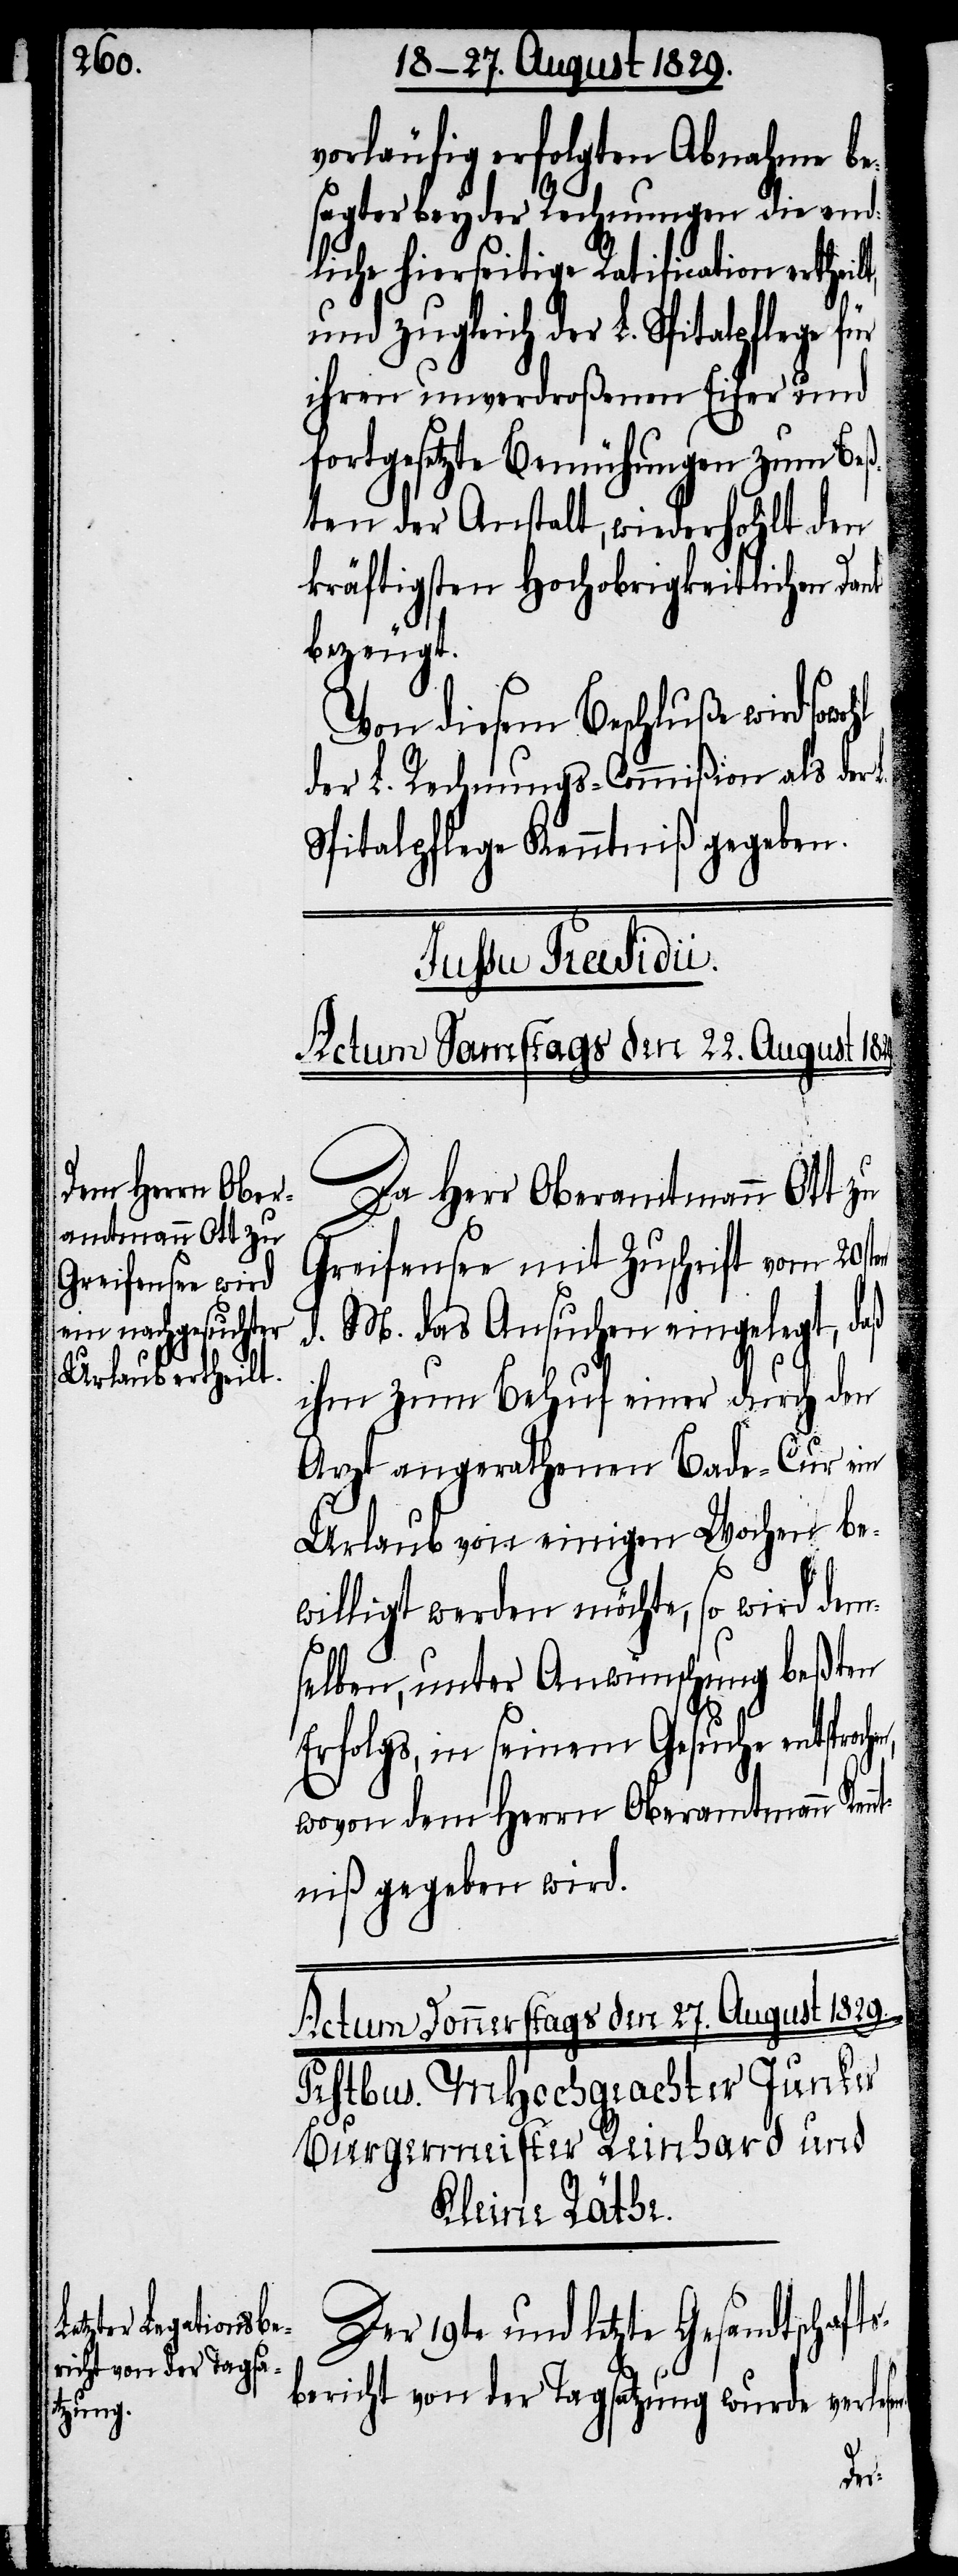
vorläufig erfolgten Abnahme be¬
sagter beyder Rechnungen die end¬
liche hierseitige Ratification erthei¬
und zugleich der L. Spitalpflege für
ihren unverdroßenen Eifer und
fortgesetzte Bemühungen zum Beß¬
ten der Anstalt, wiederhohlt den
kräftigsten Hochobrigkeitlichen Dank
bezeugt.
Von diesem Beschluße wird
der L. Rechnungs-Commißion als der
Spitalpflege Kenntniß gegeben.
Iussu Præsidii.
Actum Samstags den 22. August
Da Herr Oberamtmann Ott zu
Greifensee mit Zuschrift vom 20sten
d. M. das Ansuchen eingelegt, daß
ihm zum Behuf einer durch den
Arzt angerathenen Bade-Cur ein
Urlaub von einigen Wochen be¬
willigt werden möchte, so wird dem¬
selben, unter Anwünschung beßten
Erfolgs, in seinem Gesuche entsproch¬
wovon dem Herrn Oberamtmann Ken¬
ntniß gegeben wird.
lt,
Der 19te und letzte Gesandtschaft¬
sbericht von der Tagsatzung wurde verle¬
sen.